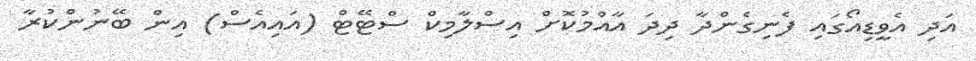
އަދި އެވީޑިއޯގައި ފެނިގެންދާ ދިދަ އާއްމުކޮށް އިސްލާމިކް ސްޓޭޓް (އައިއެސް) އިން ބޭނުންކުރާ